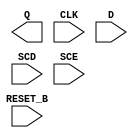
module sky130_fd_sc_hd__sdfrtp (
    Q      ,
    CLK    ,
    D      ,
    SCD    ,
    SCE    ,
    RESET_B
);

    output Q      ;
    input  CLK    ;
    input  D      ;
    input  SCD    ;
    input  SCE    ;
    input  RESET_B;

    // Voltage supply signals
    supply1 VPWR;
    supply0 VGND;
    supply1 VPB ;
    supply0 VNB ;

endmodule